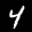
Label: 4